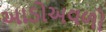
આડોઅવળો